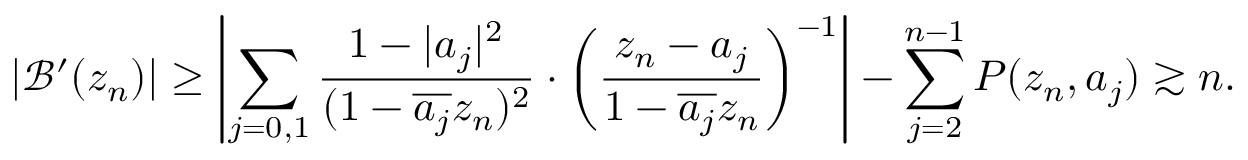
| \mathcal { B } ^ { \prime } ( z _ { n } ) | \geq \left| \sum _ { j = 0 , 1 } \frac { 1 - | a _ { j } | ^ { 2 } } { ( 1 - \overline { { a _ { j } } } z _ { n } ) ^ { 2 } } \cdot \left( \frac { z _ { n } - a _ { j } } { 1 - \overline { { a _ { j } } } z _ { n } } \right) ^ { - 1 } \right| - \sum _ { j = 2 } ^ { n - 1 } P ( z _ { n } , a _ { j } ) \gtrsim n .